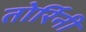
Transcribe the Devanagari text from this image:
तोर्रिनी